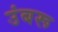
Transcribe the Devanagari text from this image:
उंबरू